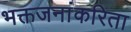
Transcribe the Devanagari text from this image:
भक्तजनांकरिता